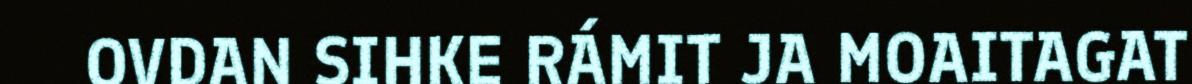
OVDAN SIHKE RÁMIT JA MOAITAGAT